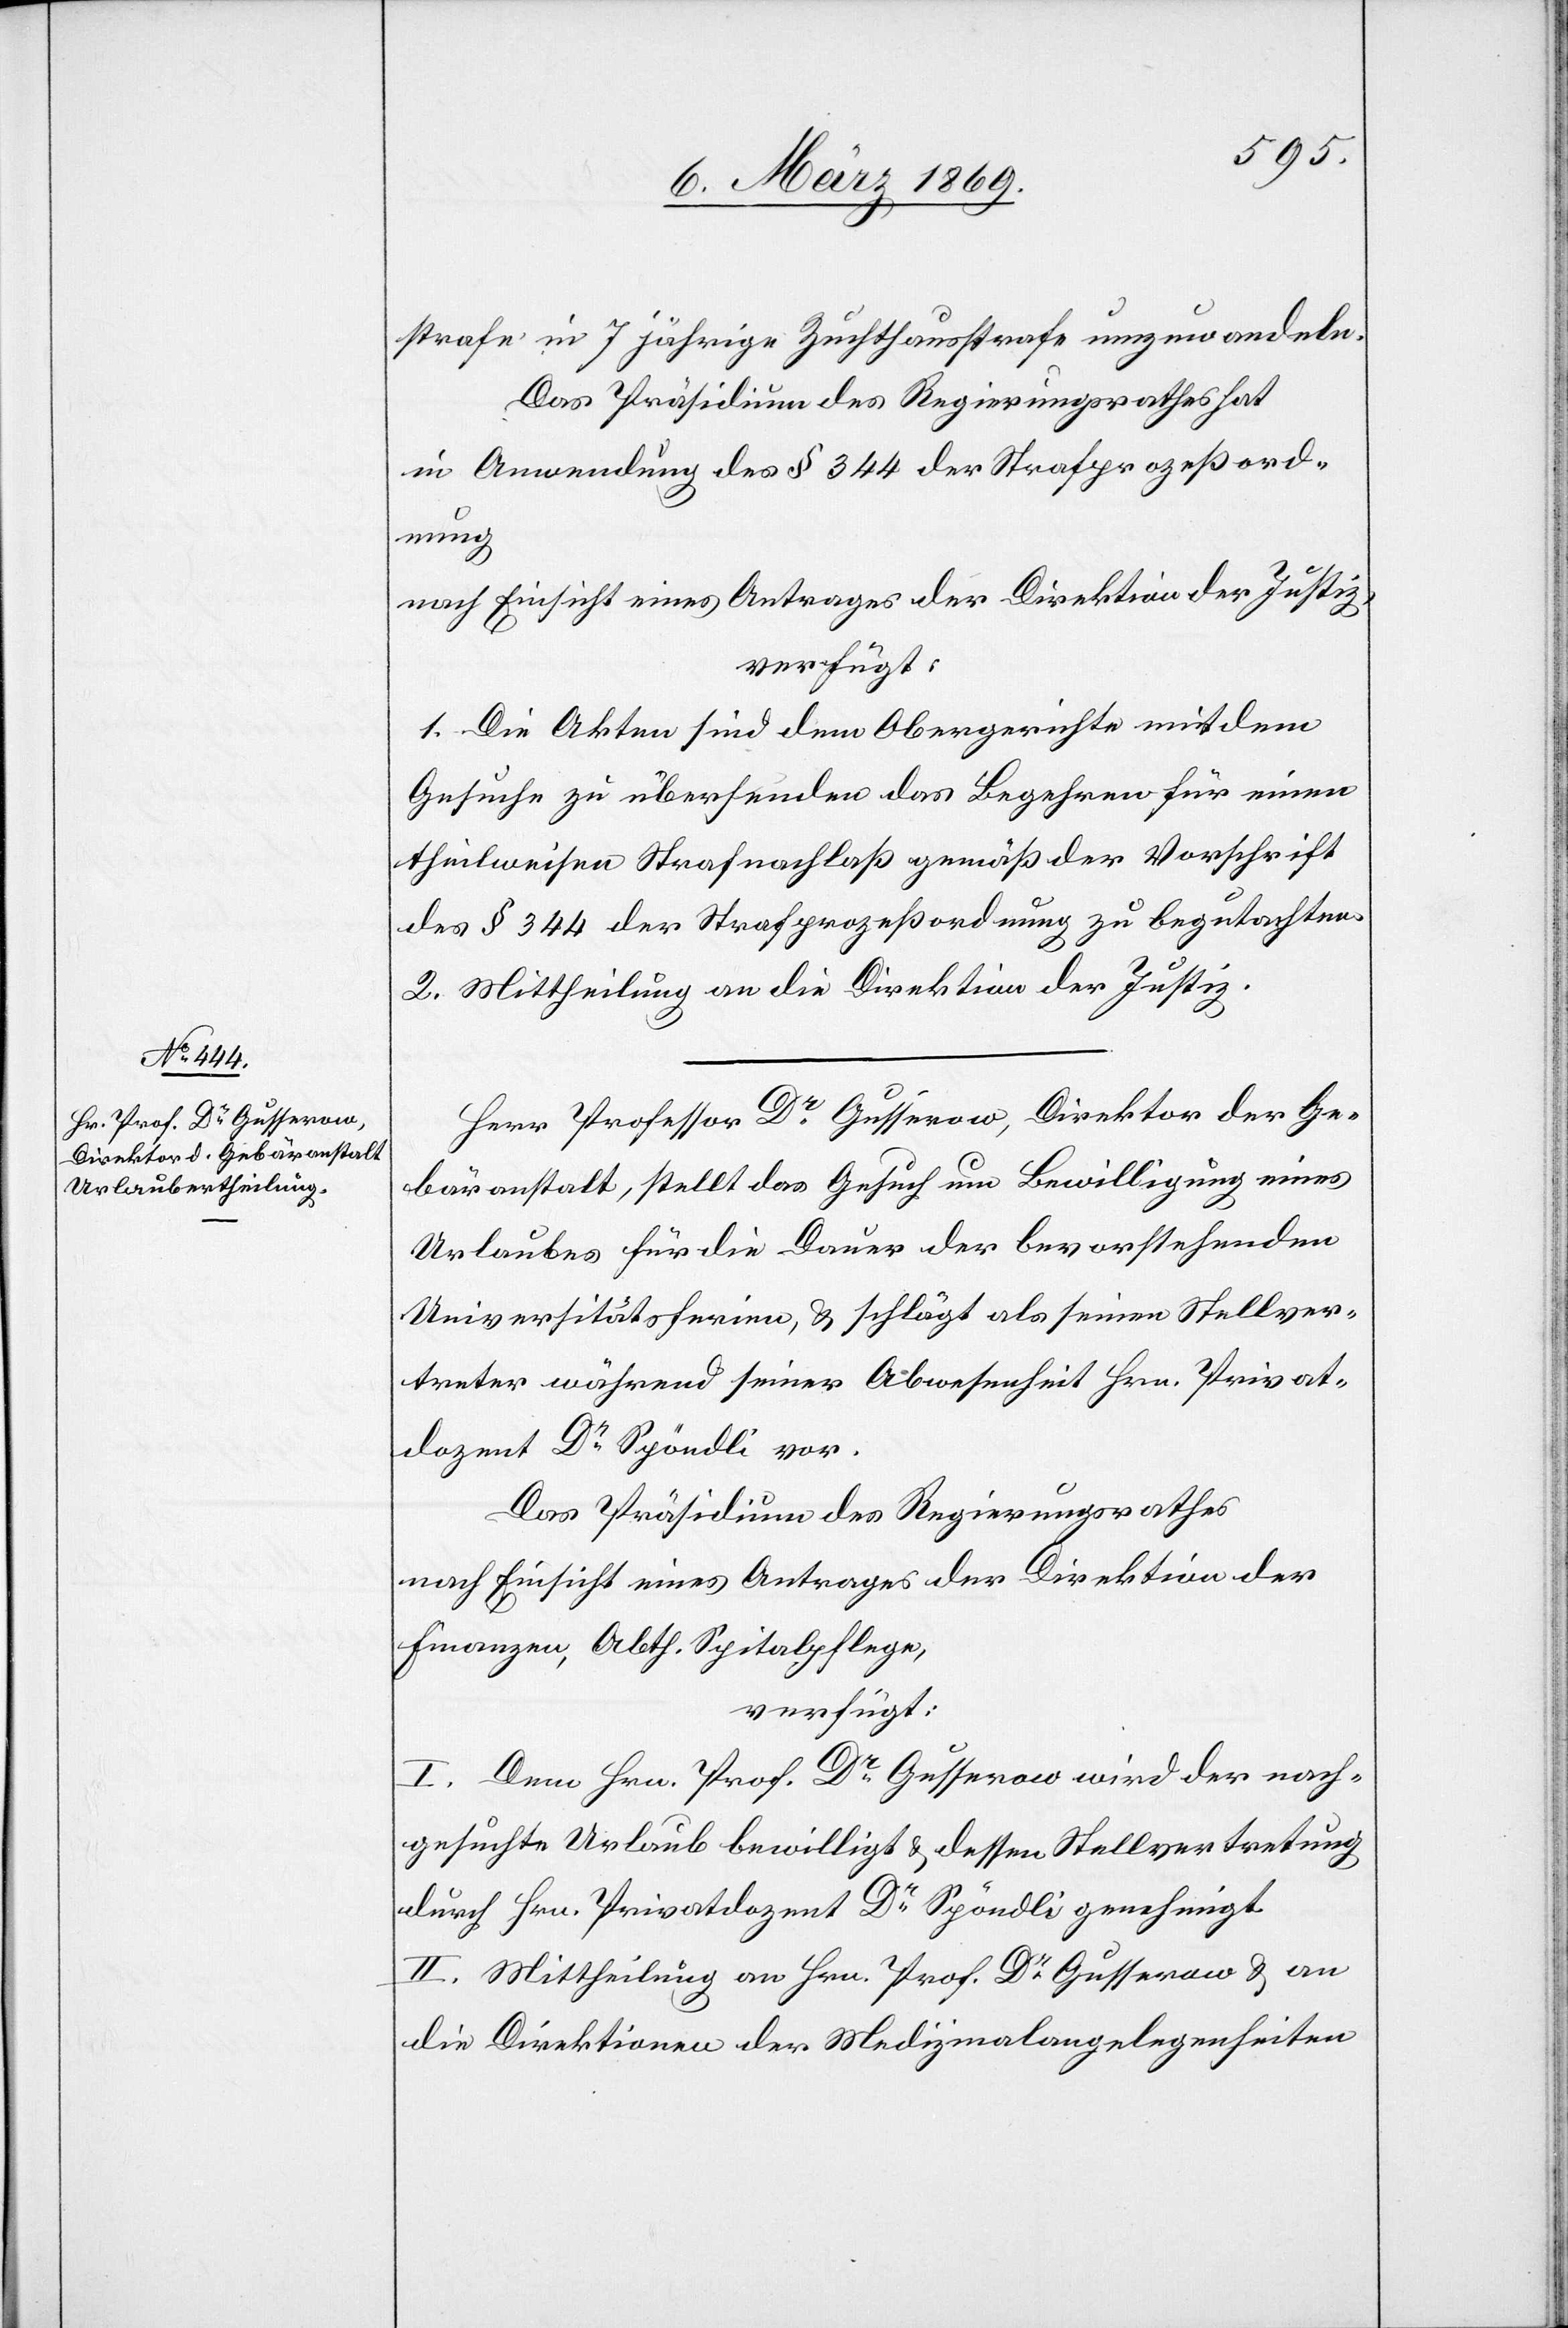
11. März 1869.]
strafe in 7 jährige Zuchthausstrafe umzuwandeln.
Das Präsidium des Regierungsrathes hat
in Anwendung des § 344 der Strafprozeßord¬
nung
nach Einsicht eines Antrages der Direktion der Justiz,
verfügt:
1. Die Akten sind dem Obergerichte mit dem
Gesuche zu übersenden das Begehren für einen
theilweisen Strafnachlaß gemäß der Vorschrift
des § 344 der Strafprozeßordnung zu begutachten.
2. Mittheilung an die Direktion der Justiz.
Herr Professor Dr Gusserow, Direktor der Ge¬
bäranstalt, stellt das Gesuch um Bewilligung eines
Urlaubes für die Dauer der bevorstehenden
Universitätsferien, & schlägt als seinen Stellver¬
treter während seiner Abwesenheit Hrn. Privat¬
dozent Dr Spöndli vor.
Das Präsidium des Regierungsrathes
nach Einsicht eines Antrages der Direktion der
Finanzen, Abth. Spitalpflege,
verfügt:
I. Dem Hrn. Prof. Dr Gusserow wird der nach¬
gesuchte Urlaub bewilligt & dessen Stellvertretung
durch Hrn. Privatdozent Dr Spöndli genehmigt.
II. Mittheilung an Hrn. Prof. Dr Gusserow & an
die Direktionen der Medizinalangelegenheiten